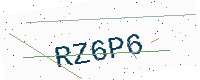
Text: RZ6P6